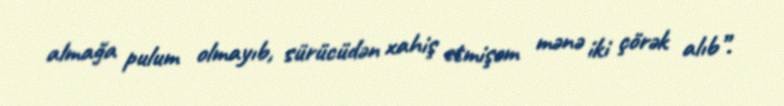
almağa pulum olmayıb, sürücüdən xahiş etmişəm mənə iki çörək alıb”.